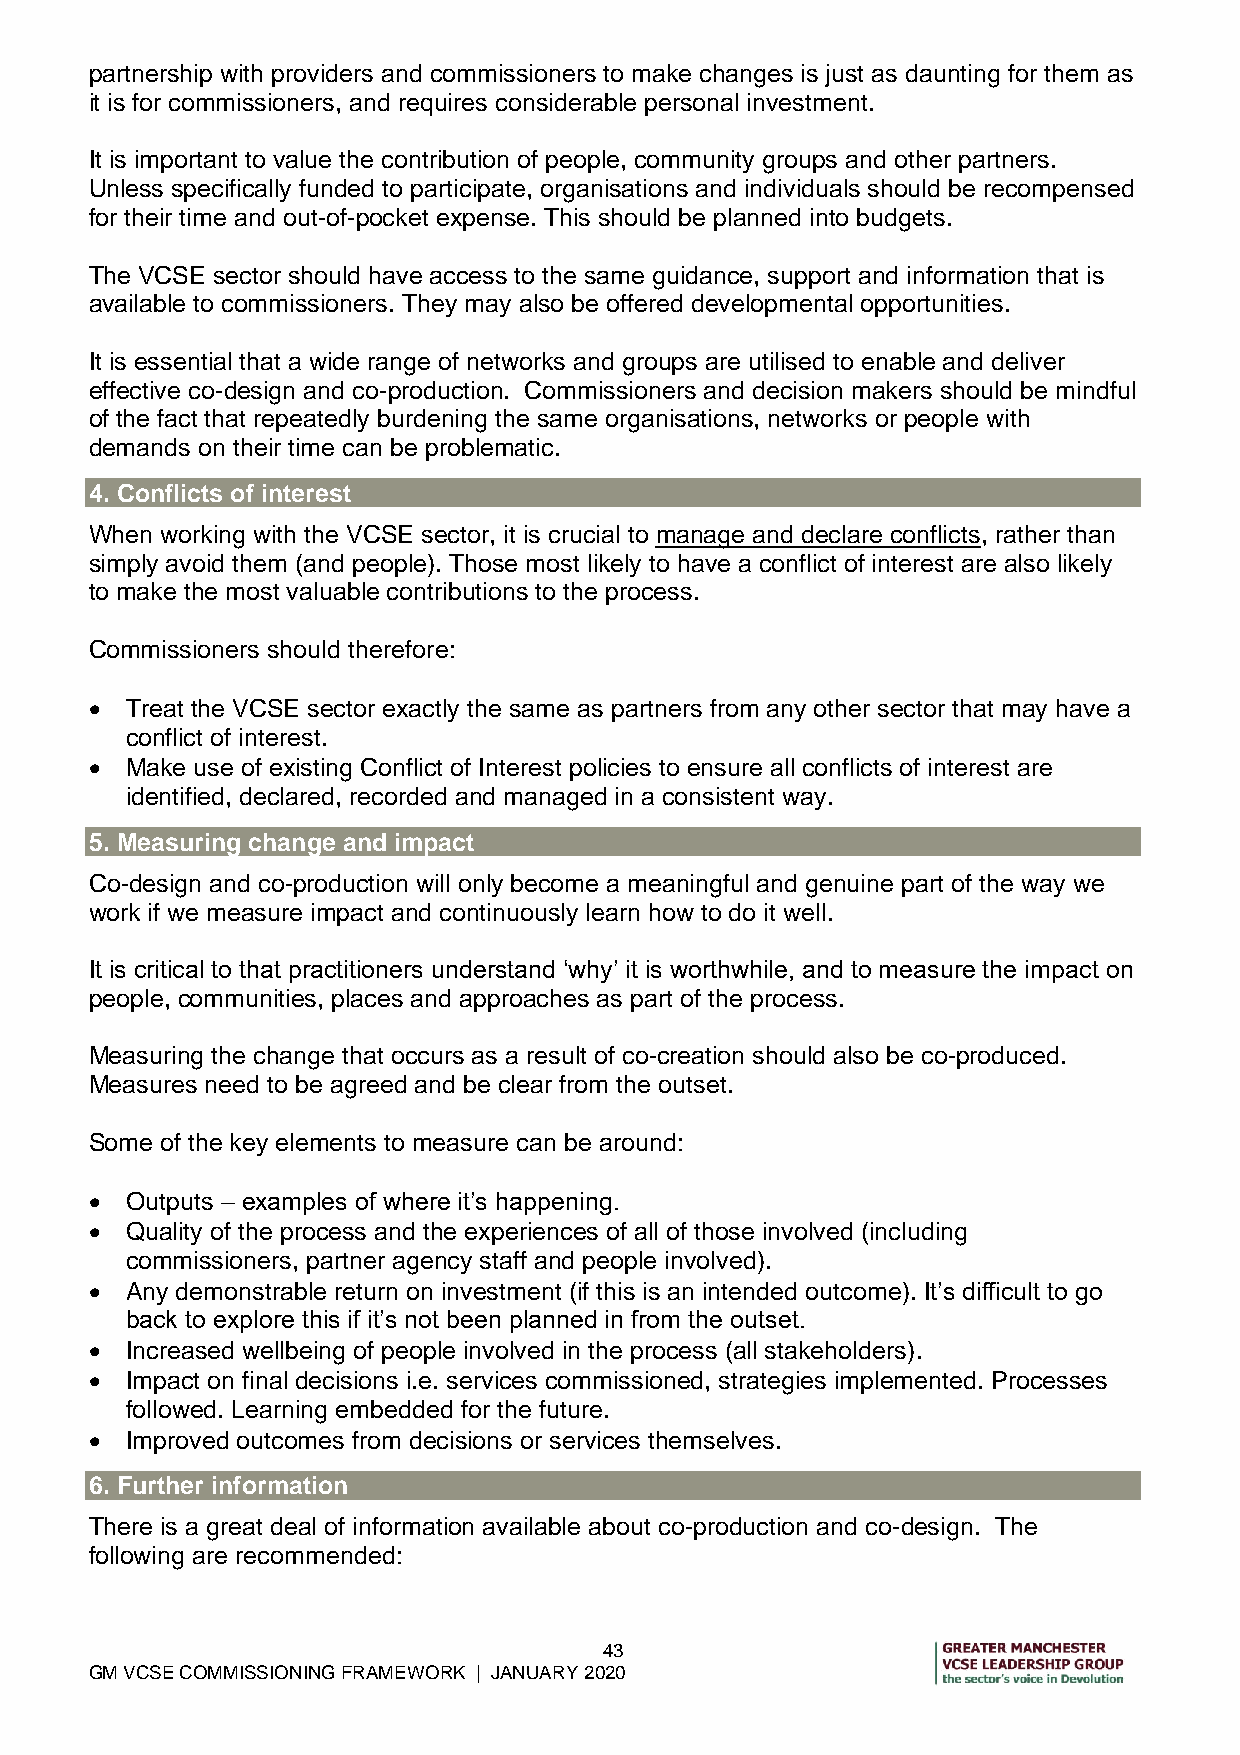
partnership with providers and commissioners to make changes is just as daunting for them as
 it is for commissioners, and requires considerable personal investment.
 It is important to value the contribution of people, community groups and other partners.
 Unless specifically funded to participate, organisations and individuals should be recompensed
 for their time and out-of-pocket expense. This should be planned into budgets.
 The VCSE sector should have access to the same guidance, support and information that is
 available to commissioners. They may also be offered developmental opportunities.
 It is essential that a wide range of networks and groups are utilised to enable and deliver
 effective co-design and co-production. Commissioners and decision makers should be mindful
 of the fact that repeatedly burdening the same organisations, networks or people with
 demands on their time can be problematic.
 4. Conflicts of interest
 When working with the VCSE sector, it is crucial to manage and declare conflicts, rather than
 simply avoid them (and people). Those most likely to have a conflict of interest are also likely
 to make the most valuable contributions to the process.
 Commissioners should therefore:
  Treat the VCSE sector exactly the same as partners from any other sector that may have a
 conflict of interest.
  Make use of existing Conflict of Interest policies to ensure all conflicts of interest are
 identified, declared, recorded and managed in a consistent way.
 5. Measuring change and impact
 Co-design and co-production will only become a meaningful and genuine part of the way we
 work if we measure impact and continuously learn how to do it well.
 It is critical to that practitioners understand ‘why’ it is worthwhile, and to measure the impact on
 people, communities, places and approaches as part of the process.
 Measuring the change that occurs as a result of co-creation should also be co-produced.
 Measures need to be agreed and be clear from the outset.
 Some of the key elements to measure can be around:
  Outputs – examples of where it’s happening.
  Quality of the process and the experiences of all of those involved (including
 commissioners, partner agency staff and people involved).
  Any demonstrable return on investment (if this is an intended outcome). It’s difficult to go
 back to explore this if it’s not been planned in from the outset.
  Increased wellbeing of people involved in the process (all stakeholders).
  Impact on final decisions i.e. services commissioned, strategies implemented. Processes
 followed. Learning embedded for the future.
  Improved outcomes from decisions or services themselves.
 6. Further information
 There is a great deal of information available about co-production and co-design. The
 following are recommended:
 43
 GM VCSE COMMISSIONING FRAMEWORK | JANUARY 2020